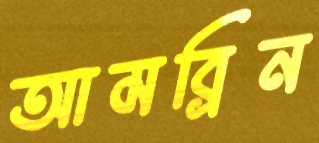
আমব্রিন